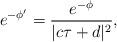
LaTeX: \begin{align*}e^{-\phi'} = \frac{e^{-\phi}}{|c\tau +d|^2},\end{align*}